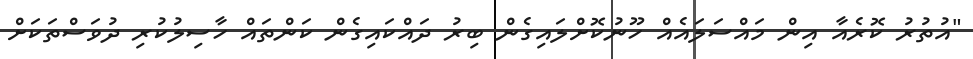
"އުތުރު ކޮރެއާ އިން މައްސަލައެއް ހޫނުކޮށްލައިގެން ބިރު ދައްކައިގެން ކަންތައް ހާސިލުކުރި ދުވަސްތަކަށް